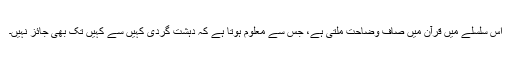
اس سلسلے میں قرآن میں صاف وضاحت ملتی ہے، جس سے معلوم ہوتا ہے کہ دہشت گردی کہیں سے کہیں تک بھی جائز نہیں۔